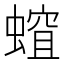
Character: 𧏏